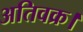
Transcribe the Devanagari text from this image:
अतिवक्र।